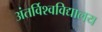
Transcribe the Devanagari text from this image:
अंतर्विश्वविद्यालय